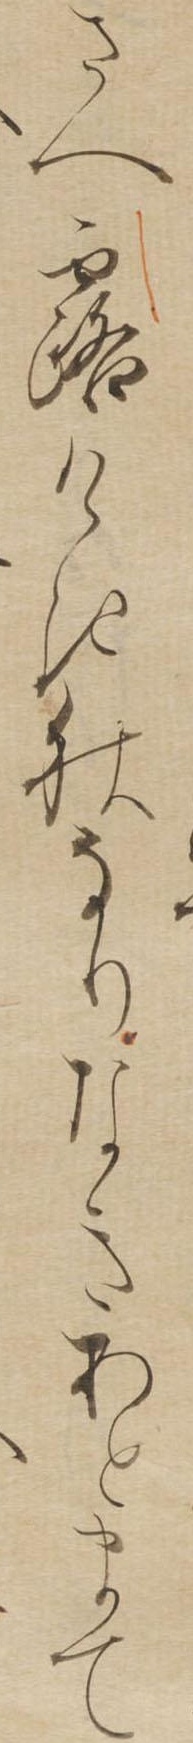
さへ露けき秋なりなきあとまて